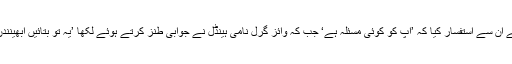
نقاش بھٹی نے ان سے استفسار کیا کہ ’آپ کو کوئی مسئلہ ہے‘ جب کہ وائز گرل نامی ہینڈل نے جوابی طنز کرتے ہوئے لکھا ’یہ تو بتائیں ابھینندن کیسے ہیں؟